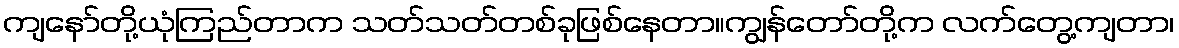
ကျနော်တို့ယုံကြည်တာက သတ်သတ်တစ်ခုဖြစ်နေတာ။ကျွန်တော်တို့က လက်တွေ့ကျတာ၊